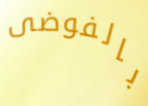
بالفوضى